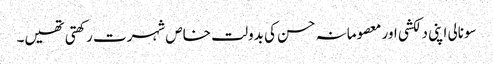
سونالی اپنی دلکشی اور معصومانہ حسن کی بدولت خاص شہرت رکھتی تھیں۔